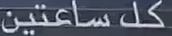
كل ساعتين